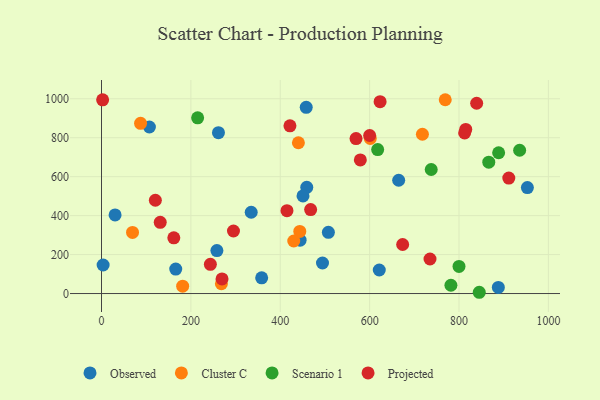
{"axis": {"x": "Study Hours", "y": "Profit"}, "legend": ["Cluster C", "Observed", "Projected", "Scenario 1"], "data": [{"x": "107.2", "y": 855.1, "type": "Observed"}, {"x": "166.1", "y": 125.7, "type": "Observed"}, {"x": "459.3", "y": 545.2, "type": "Observed"}, {"x": "888.0", "y": 31.3, "type": "Observed"}, {"x": "621.6", "y": 120.8, "type": "Observed"}, {"x": "444.4", "y": 274.1, "type": "Observed"}, {"x": "335.0", "y": 417.2, "type": "Observed"}, {"x": "494.5", "y": 156.9, "type": "Observed"}, {"x": "507.7", "y": 314.1, "type": "Observed"}, {"x": "261.7", "y": 825.8, "type": "Observed"}, {"x": "258.2", "y": 220.7, "type": "Observed"}, {"x": "358.4", "y": 80.8, "type": "Observed"}, {"x": "953.0", "y": 543.9, "type": "Observed"}, {"x": "450.9", "y": 500.9, "type": "Observed"}, {"x": "3.6", "y": 146.5, "type": "Observed"}, {"x": "665.0", "y": 581.7, "type": "Observed"}, {"x": "30.4", "y": 403.8, "type": "Observed"}, {"x": "458.1", "y": 956.1, "type": "Observed"}, {"x": "268.3", "y": 50.2, "type": "Cluster C"}, {"x": "440.6", "y": 774.2, "type": "Cluster C"}, {"x": "443.7", "y": 318.7, "type": "Cluster C"}, {"x": "769.2", "y": 995.0, "type": "Cluster C"}, {"x": "718.1", "y": 817.8, "type": "Cluster C"}, {"x": "601.4", "y": 796.4, "type": "Cluster C"}, {"x": "69.4", "y": 313.9, "type": "Cluster C"}, {"x": "430.2", "y": 269.8, "type": "Cluster C"}, {"x": "181.6", "y": 37.6, "type": "Cluster C"}, {"x": "87.4", "y": 874.0, "type": "Cluster C"}, {"x": "866.6", "y": 674.5, "type": "Scenario 1"}, {"x": "888.7", "y": 722.9, "type": "Scenario 1"}, {"x": "845.3", "y": 6.5, "type": "Scenario 1"}, {"x": "618.0", "y": 739.3, "type": "Scenario 1"}, {"x": "737.8", "y": 636.9, "type": "Scenario 1"}, {"x": "935.7", "y": 735.6, "type": "Scenario 1"}, {"x": "215.1", "y": 902.0, "type": "Scenario 1"}, {"x": "781.9", "y": 42.6, "type": "Scenario 1"}, {"x": "800.0", "y": 139.3, "type": "Scenario 1"}, {"x": "839.5", "y": 976.8, "type": "Projected"}, {"x": "269.7", "y": 75.2, "type": "Projected"}, {"x": "415.0", "y": 425.4, "type": "Projected"}, {"x": "600.1", "y": 811.3, "type": "Projected"}, {"x": "815.1", "y": 842.7, "type": "Projected"}, {"x": "243.6", "y": 150.0, "type": "Projected"}, {"x": "673.9", "y": 251.7, "type": "Projected"}, {"x": "161.8", "y": 285.8, "type": "Projected"}, {"x": "812.6", "y": 824.5, "type": "Projected"}, {"x": "468.0", "y": 430.9, "type": "Projected"}, {"x": "120.5", "y": 479.0, "type": "Projected"}, {"x": "911.4", "y": 592.9, "type": "Projected"}, {"x": "579.2", "y": 685.9, "type": "Projected"}, {"x": "735.1", "y": 177.3, "type": "Projected"}, {"x": "569.6", "y": 795.7, "type": "Projected"}, {"x": "421.7", "y": 861.2, "type": "Projected"}, {"x": "131.4", "y": 365.4, "type": "Projected"}, {"x": "295.3", "y": 321.1, "type": "Projected"}, {"x": "623.4", "y": 985.1, "type": "Projected"}, {"x": "2.5", "y": 994.6, "type": "Projected"}]}